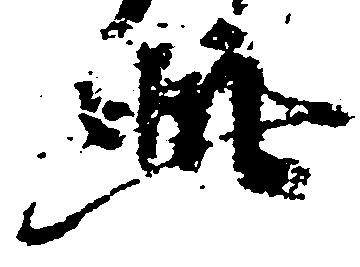
此